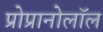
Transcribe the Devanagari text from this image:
प्रोप्रानोलॉल